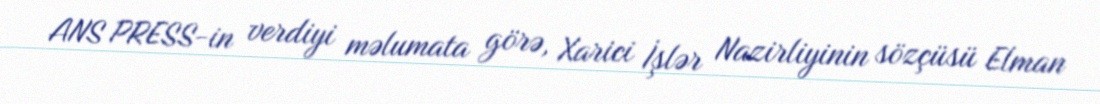
ANS PRESS-in verdiyi məlumata görə, Xarici İşlər Nazirliyinin sözçüsü Elman